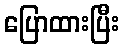
ပြောထားပြီး